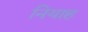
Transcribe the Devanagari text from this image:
नियाह